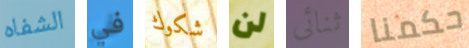
الشفاه في شكوك لن ثنائى حكمنا